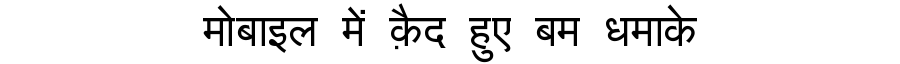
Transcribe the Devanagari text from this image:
मोबाइल में क़ैद हुए बम धमाके